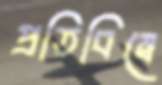
প্রতিবিম্বে